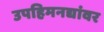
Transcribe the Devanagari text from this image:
उपहिमनद्यांवर